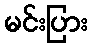
မင်းပြား